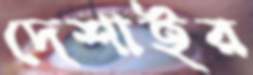
দেশাইর